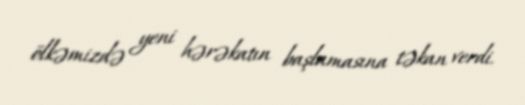
ölkəmizdə yeni hərəkatın başlamasına təkan verdi.